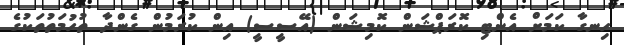
ހިނގާ ކަމަށް އެންޓި ކޮރަޕްޝަން ކޮމިޝަން (އޭސީސީ) އިން ކުރަމުން ގެންދާ ތުހުމަތުތަކުގެ